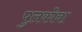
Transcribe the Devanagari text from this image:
पुलकोवा